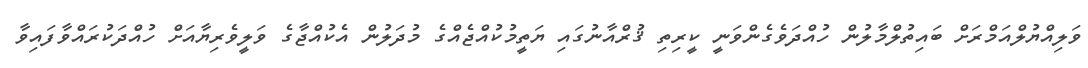
ވަލިއްޔުލްއަމްރަށް ބައިތުލްމާލުން ހުއްދަވެގެންވަނީ ކީރިތި ޤުރްއާނުގައި ޔަތީމުކުއްޖެއްގެ މުދަލުން އެކުއްޖާގެ ވަލީވެރިޔާއަށް ހުއްދަކުރައްވާފައިވާ